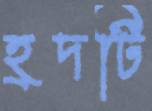
হ্রদটি